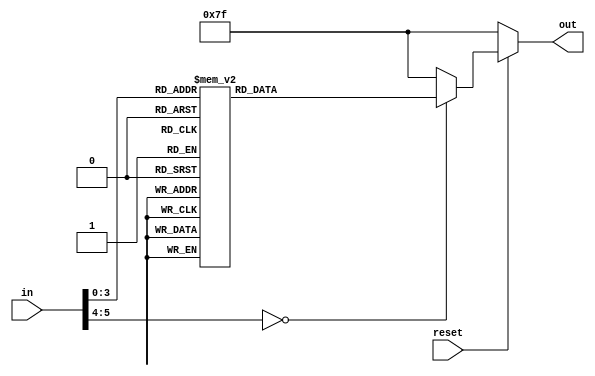
`timescale 1ns / 1ps


module seven_segment_decoder(in, reset, out);
    input [5:0]in;
    input reset;
    output reg [6:0]out;
    
    always @(*) begin
        if (!reset)
            out <= 7'b1111111;
        else
            case (in)
                4'b0000: out <= 7'b0000001;
                4'b0001: out <= 7'b1001111;
                4'b0010: out <= 7'b0010010;
                4'b0011: out <= 7'b0000110;
                4'b0100: out <= 7'b1001100;
                4'b0101: out <= 7'b0100100;
                4'b0110: out <= 7'b0100000;
                4'b0111: out <= 7'b0001111;
                4'b1000: out <= 7'b0000000;
                4'b1001: out <= 7'b0000100;
                
                default: out <= 7'b1111111;
            endcase
        end
    
endmodule